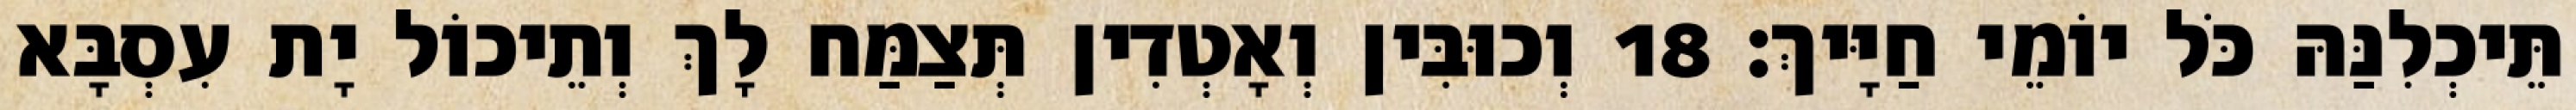
תֵּיכְלִנַּהּ כֹּל יוֹמֵי חַיָּיךְ׃ 18 וְכוּבִּין וְאָטְדִין תְּצַמַּח לָךְ וְתֵיכוֹל יָת עִסְבָּא